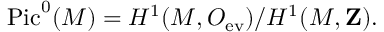
\mathrm { P i c } ^ { 0 } ( M ) = H ^ { 1 } ( M , { \cal O } _ { \mathrm { e v } } ) / H ^ { 1 } ( M , { \bf Z } ) .